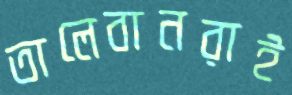
তালেবানরাই